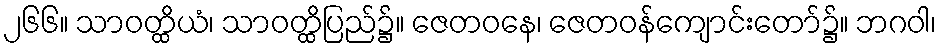
၂၆၆။ သာဝတ္ထိယံ၊ သာဝတ္ထိပြည်၌။ ဇေတဝနေ၊ ဇေတဝန်ကျောင်းတော်၌။ ဘဂဝါ၊